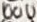
Text: 100U